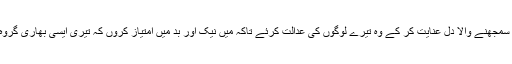
سو تو اپنے بندے کو ایسا سمجھنے والا دل عنایت کر کے وہ تیرے لوگوں کی عدالت کرئے تاکہ میں نیک اور بد میں اِمتیاز کروں کہ تیری ایسی بھاری گروہ کا انصاف کون کر سکتا۔